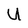
Character: U